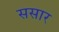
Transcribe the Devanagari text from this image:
ससार